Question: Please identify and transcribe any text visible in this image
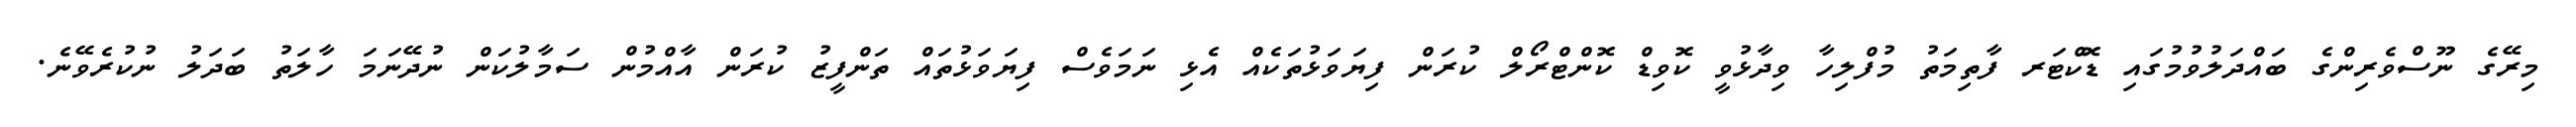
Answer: މިރޭގެ ނޫސްވެރިންގެ ބައްދަލުވުމުގައި ޑޮކްޓަރ ފާތިމަތު މުފްލިހާ ވިދާޅުވީ ކޮވިޑް ކޮންޓްރޯލް ކުރަން ފިޔަވަޅުތަކެއް އެޅި ނަމަވެސް ފިޔަވަޅުތައް ތަންފީޒު ކުރަން އާއްމުން ސަމާލުކަން ނުދޭނަމަ ހާލަތު ބަދަލު ނުކުރެވޭނެ.